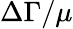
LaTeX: \Delta\Gamma/\mu